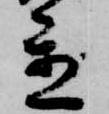
置